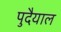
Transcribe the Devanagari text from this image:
पुदैयाल